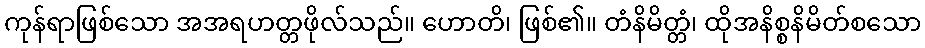
ကုန်ရာဖြစ်သော အအရဟတ္တဖိုလ်သည်။ ဟောတိ၊ ဖြစ်၏။ တံနိမိတ္တံ၊ ထိုအနိစ္စနိမိတ်စသော